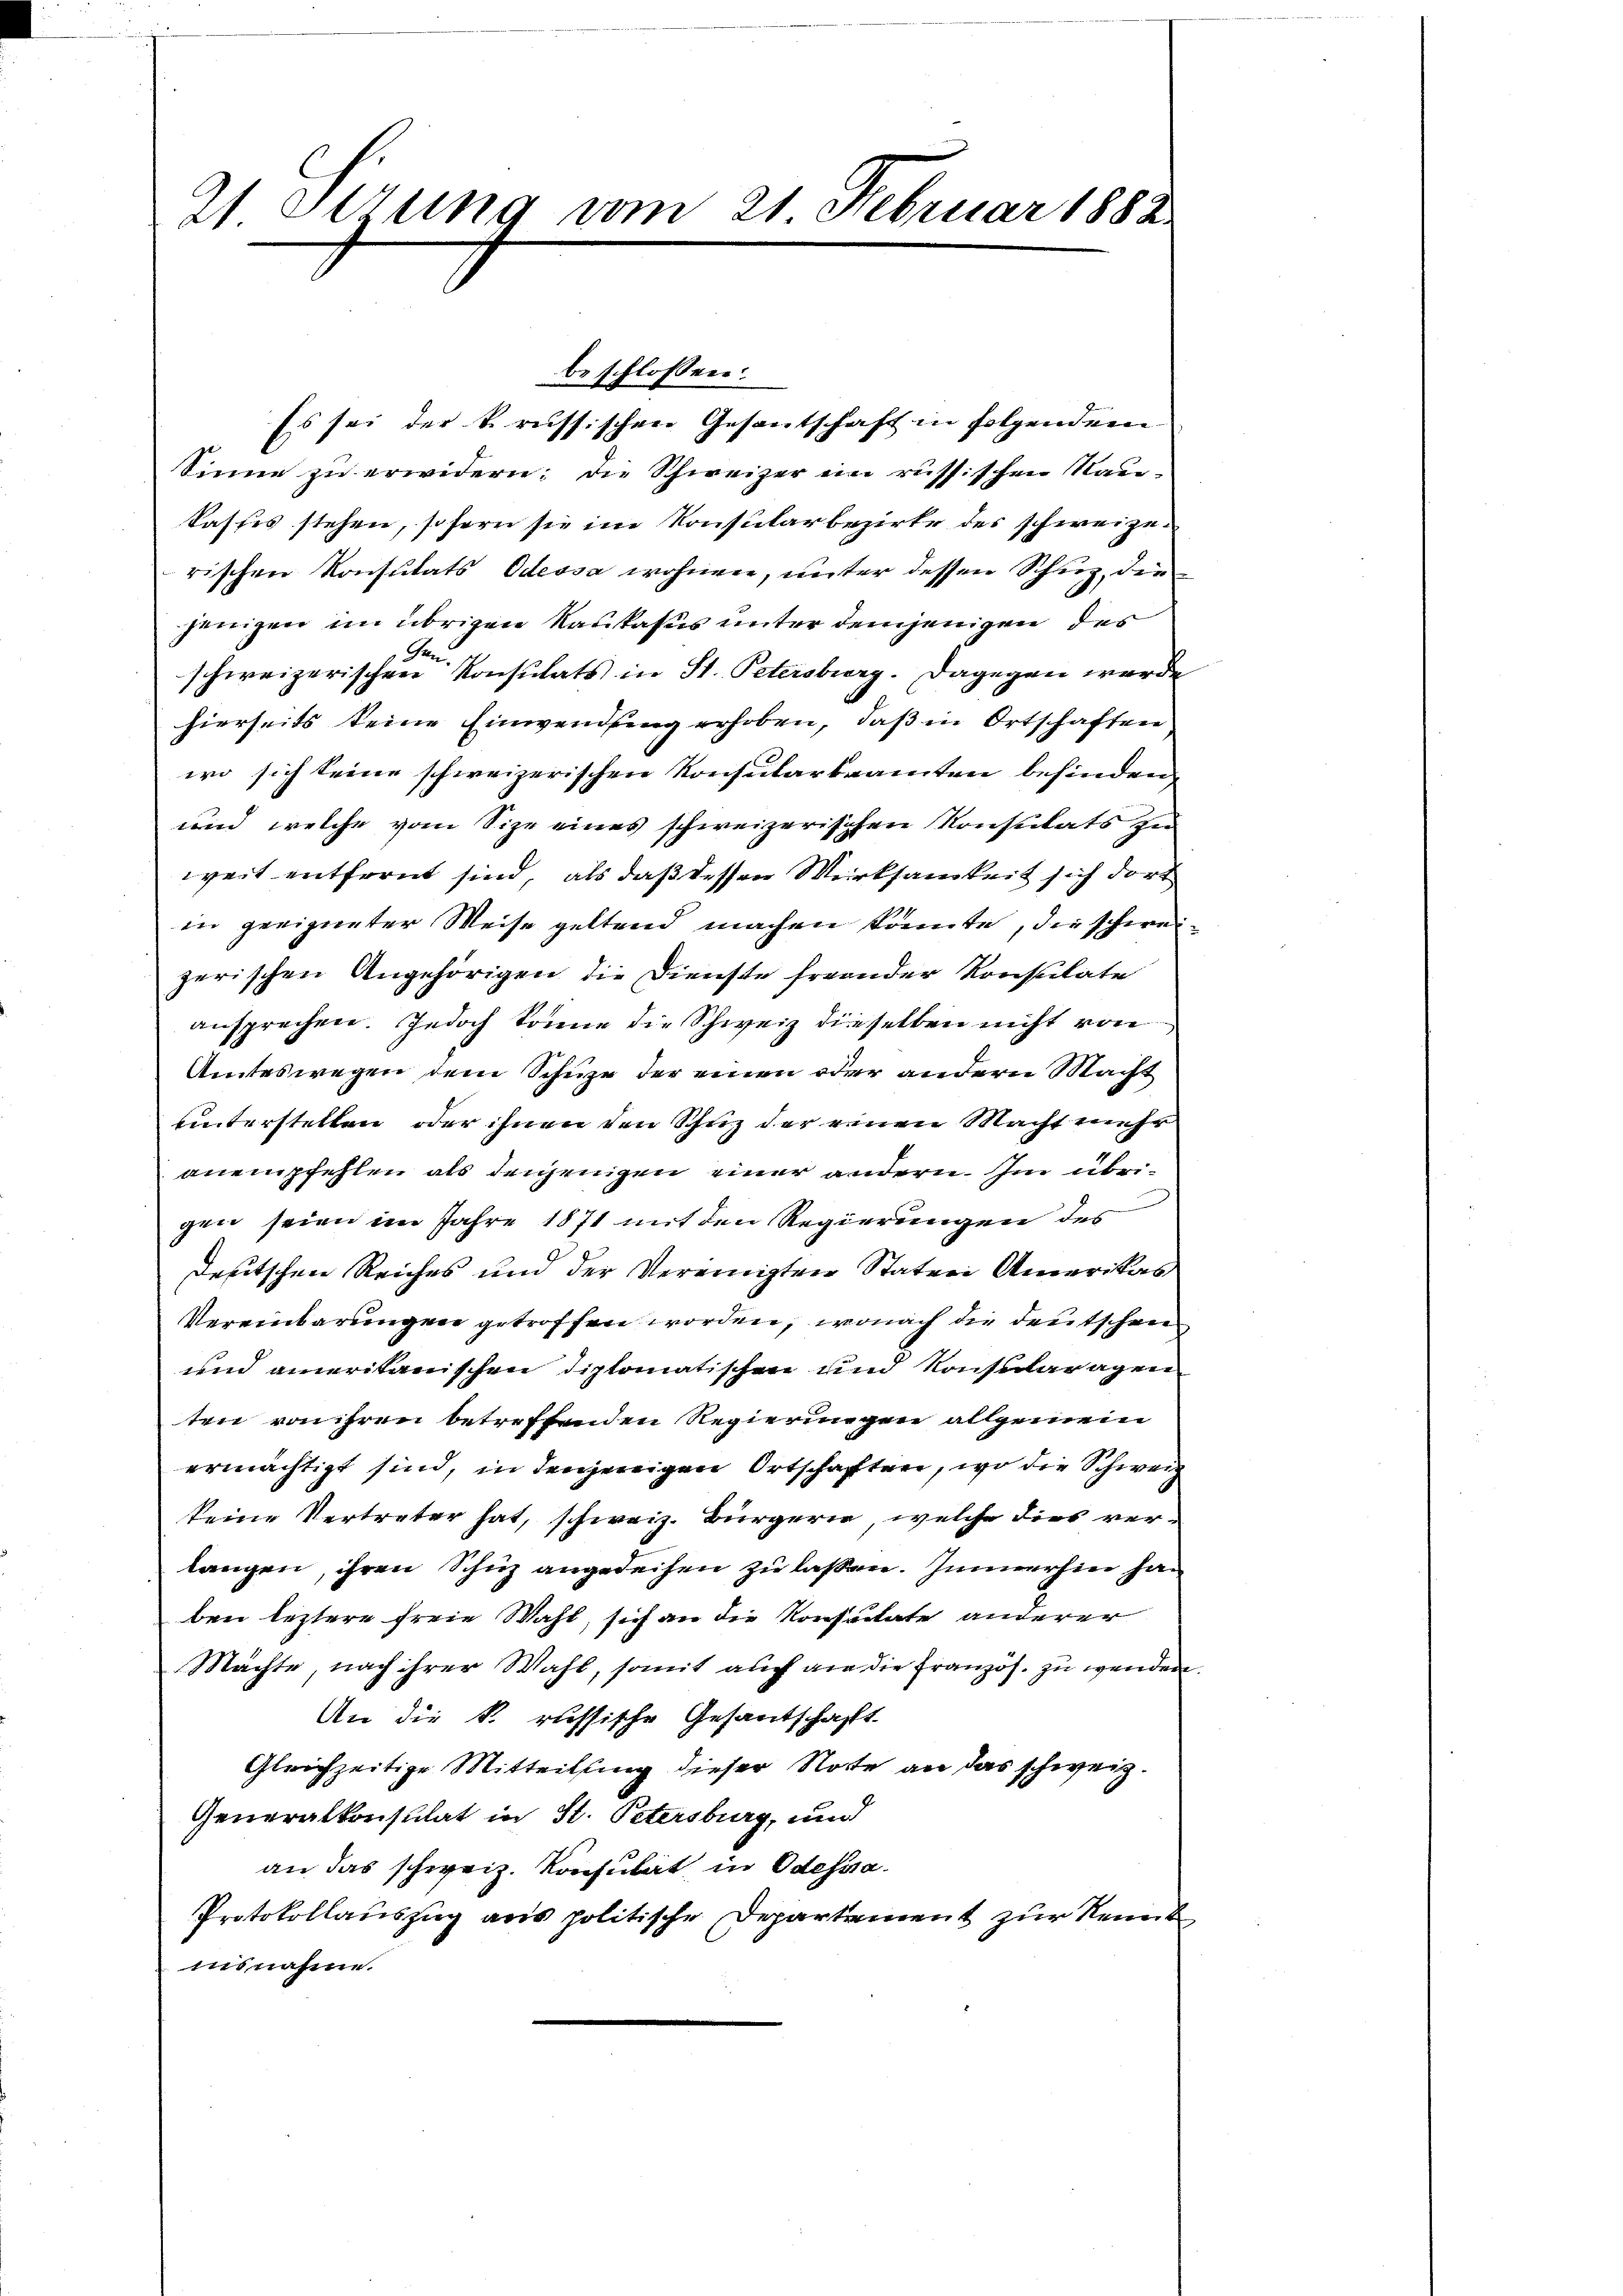
2) Verung vom 21 Februar 1882

beschlossen:
Es sei der k. russischen Gesantschaft in folgendem
Sinne zu erwidern; die Schweizer im russischen Raukasses stehen, sofern sie in Konsularbezirke des schweizerischen Konsulats Odessa wohnen, unter dessen Schuz, die
jenigen im übrigen Kautasus unter demjenigen des
se
schweizerischen Konsulats in St. Petersburg. Dagegen werde
hierseits keine Einwendung erhoben, daß in Ortschaften
wo sich keine schweizerischen Konsularbeamten befinden,
und welche vom Size eines schweizerischen Konsulats zu
weit entfernt sind, als daß dessen Werksamkeit sich dort
in geeigneter Weise geltend machen könnte, die schweizerischen Angehörigen die Dienste freunder Konsulate
ansprechen. Jedoch könne die Schweiz dieselben nicht von
Amteswegen dem Schuze der einen oder andern Macht
unterstellen oder ihnen den Schuz der reuen Macht mehr
anempfehlen als denjenigen einer andern. Im übrigen seien im Jahre 1871 mit den Regierungen des
deutschen Reiches und der Vereinigten Statur Anearikars
Vereinbarungen getroffen worden, wonach die deutschen
und ameritanischen Diplomatischen und Konsularagen
ten von ihren betreffenden Regierungen allgemein
ermächtigt sind, in denjenigen Ortschafften, wo die Schweiz
keine Vertreter hat, schweiz. Bürgerie, welche dies verlangen, ihren Schuz angedeihen zu laßen. Immerhin han
ben leztere freie Wahl, sich an die Konsuitate anderer
Mächte, nach ihrer Wahl, somit auch an die Französ. zu wenden.
An die k. russische Gesantschafft
Gleichzeitige Mitteilung dieser Note an das schweiz.
Generalkonsulat in St. Petersburg, und
an das schweiz. Konsulat in Odesssa¬
Protokollauszug aus politische Departement zur Kennt
insnahme.